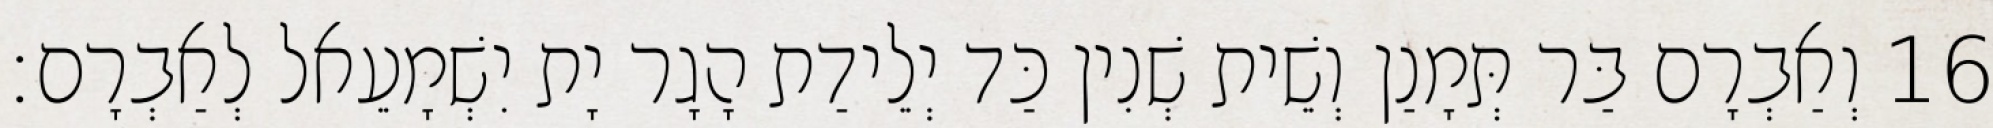
16 וְאַבְרָם בַּר תְּמָנַן וְשֵׁית שְׁנִין כַּד יְלֵידַת הָגָר יָת יִשְׁמָעֵאל לְאַבְרָם׃